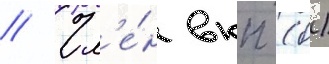
// Чл'е́н вкп (б)